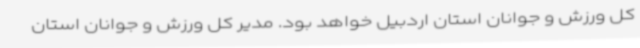
کل ورزش و جوانان استان اردبیل خواهد بود. مدیر کل ورزش و جوانان استان